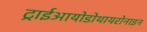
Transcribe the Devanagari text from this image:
ट्राईआयोडोथायरोनाइन